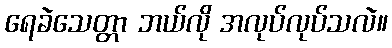
ရေခဲသေတ္တာ ဘယ်လို အလုပ်လုပ်သလဲ။